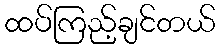
ထပ်ကြည့်ချင်တယ်